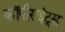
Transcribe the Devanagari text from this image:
कॉपीराईट्स